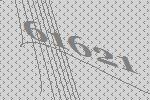
61621